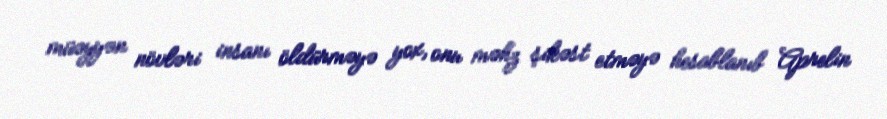
müəyyən növləri insanı öldürməyə yox, onu məhz şikəst etməyə hesablanıb Aprelin